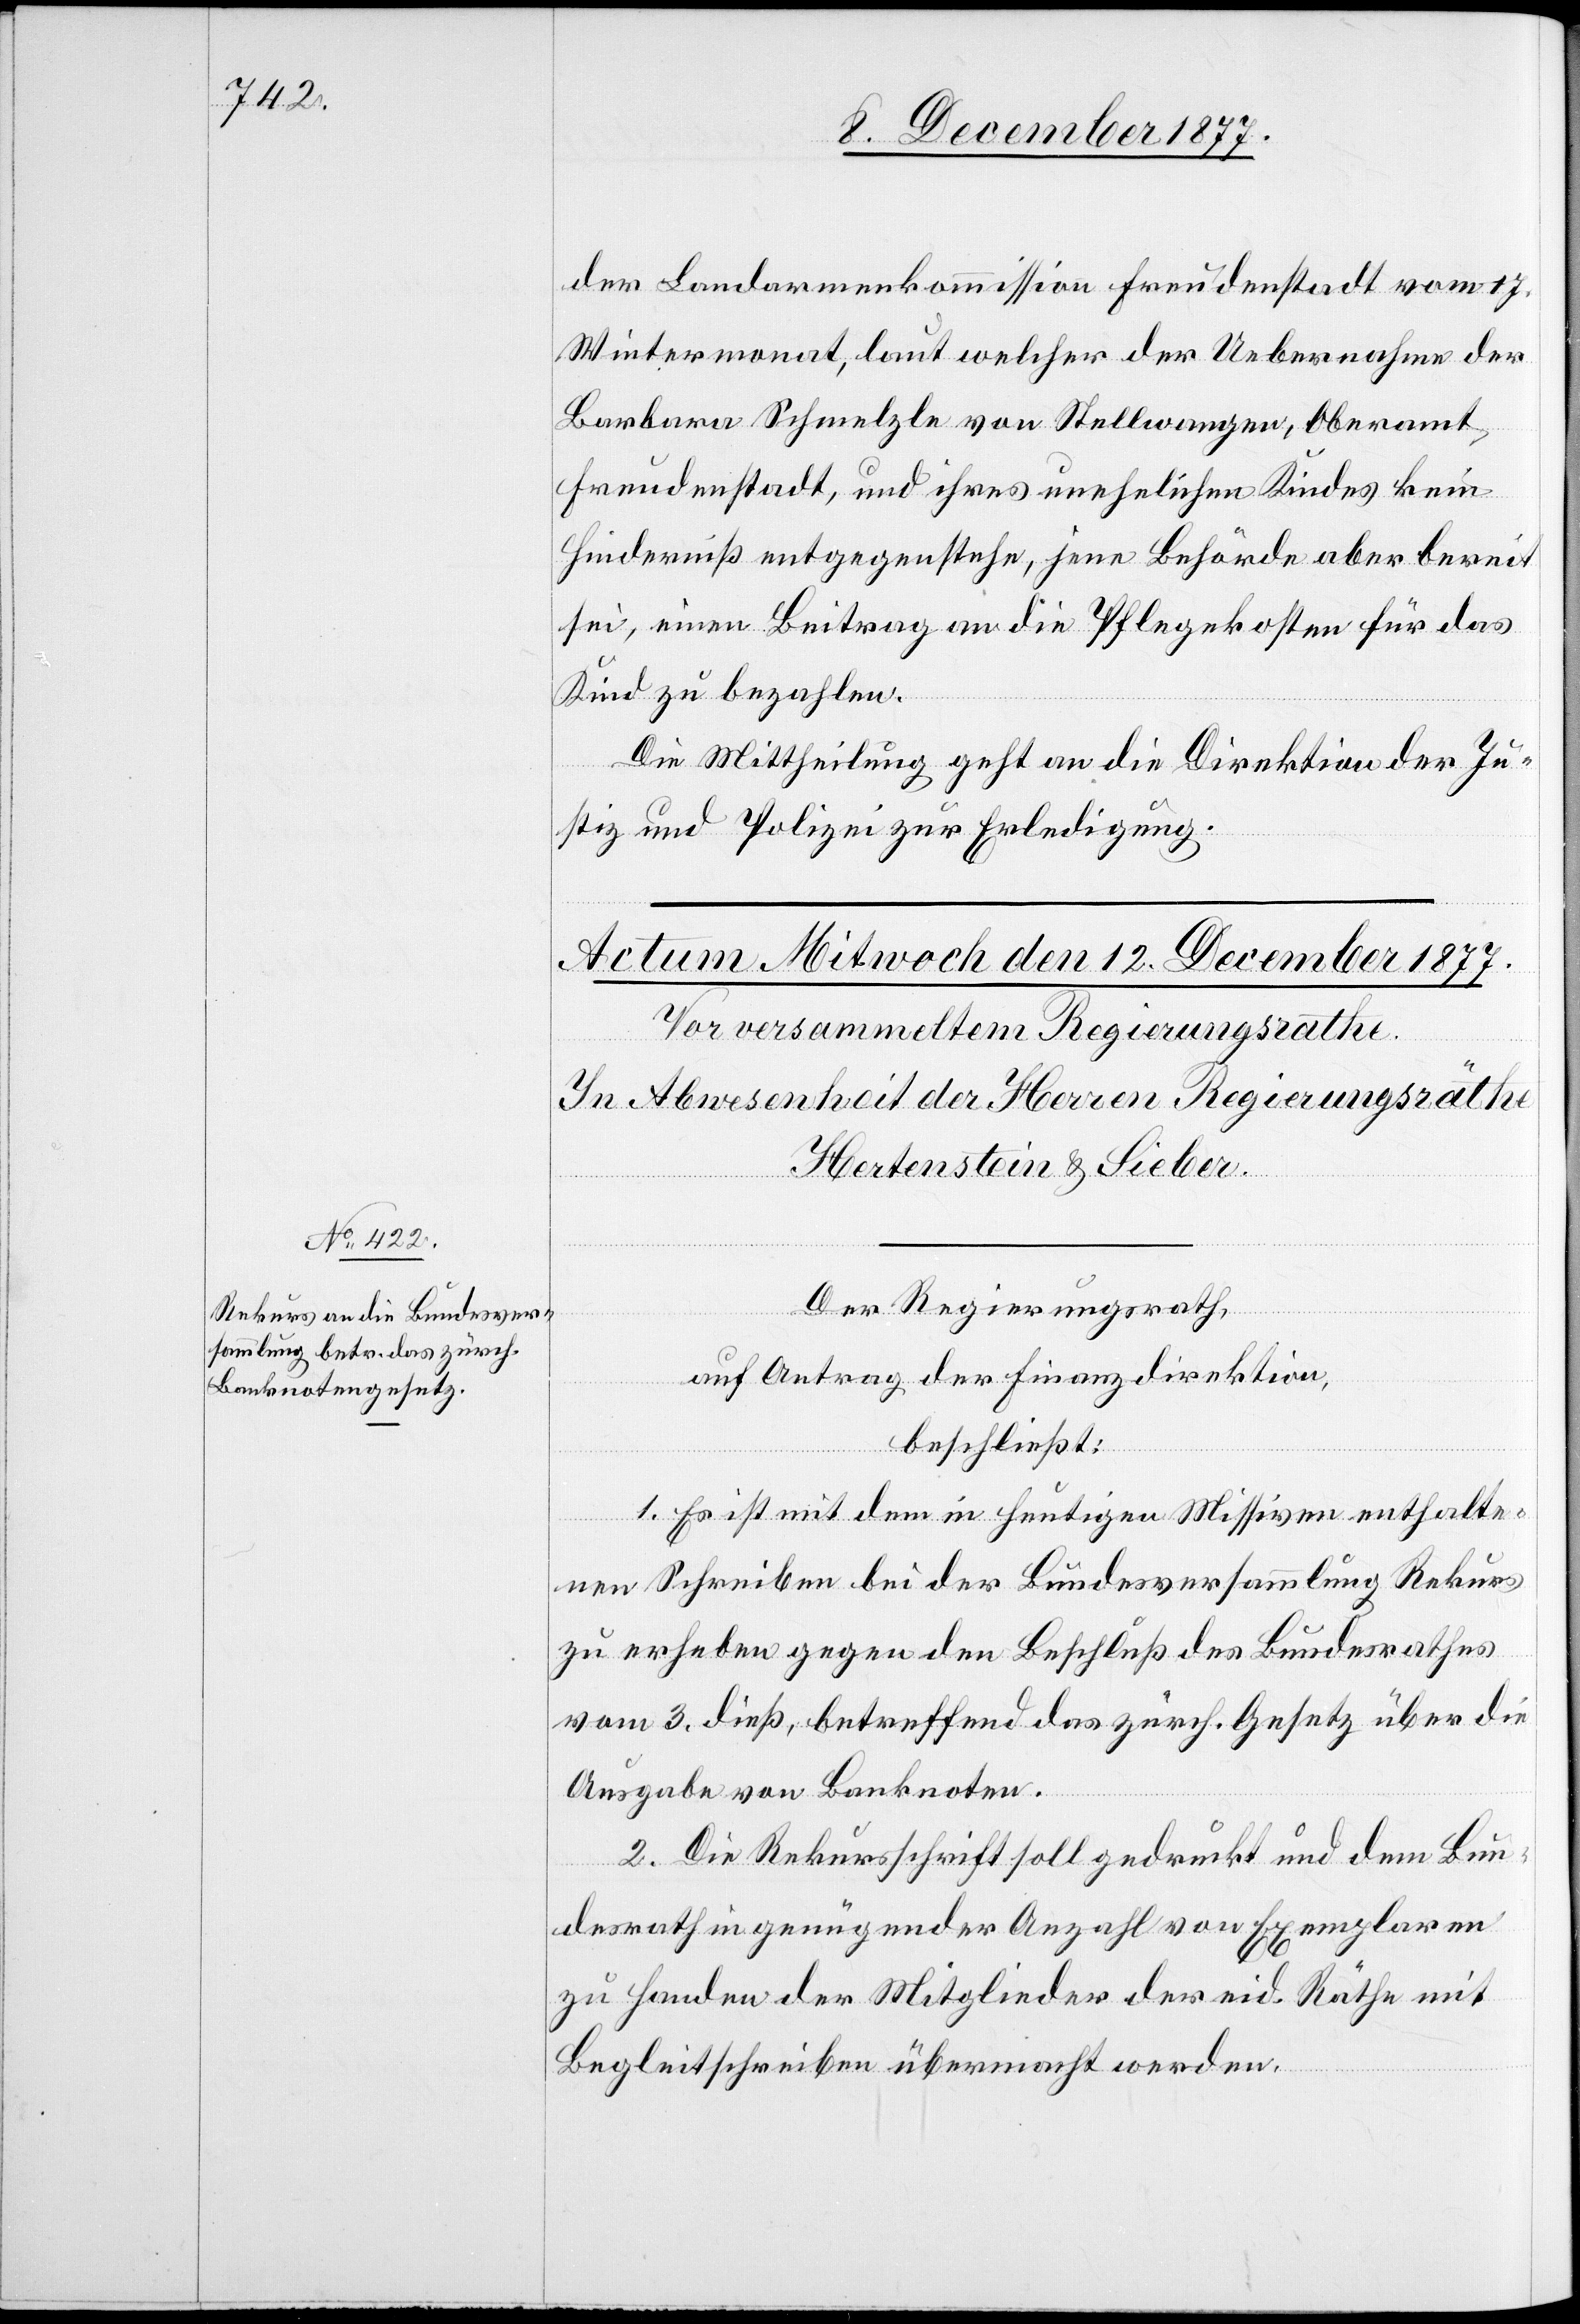
der Landarmenkommission Freudenstadt vom 17.
Wintermonat, laut welcher der Uebernahme der
Barbara Schmelzle von Stellwangen, Oberamt
Freudenstadt, und ihres unehelichen Kindes kein
Hinderniß entgegenstehe, jene Behörde aber bereit
sei, einen Beitrag an die Pflegekosten für das
Kind zu bezahlen.
Die Mittheilung geht an die Direktion der Ju¬
stiz und Polizei zur Erledigung.
Der Regierungsrath,
auf Antrag der Finanzdirektion,
beschließt:
1. Es ist mit dem in heutigen Missiven enthalte¬
nen Schreiben bei der Bundesversammlung Rekurs
zu erheben gegen den Beschluß des Bundesrathes
vom 3. dieß, betreffend das zürch. Gesetz über die
Ausgabe von Banknoten.
2. Die Rekursschrift soll gedruckt und dem Bun¬
desrath in genügender Anzahl von Exemplaren
zu Handen der Mitglieder der eid. Räthe mit
Begleitschreiben übermacht werden.